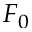
F _ { 0 }